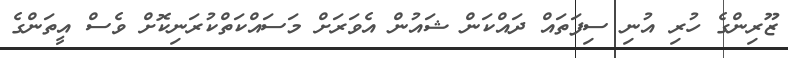
ޒޫރިންގެ ހުރި އުނި ސިފަތައް ދައްކަން ޝައުން އެވަރަށް މަސައްކަތްކުރަނިކޮށް ވެސް އީތަންގެ